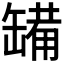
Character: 𮉷